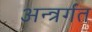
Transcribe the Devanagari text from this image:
अन्त्रर्गत